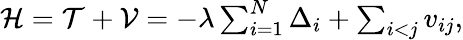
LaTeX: \begin{array}{r}{{\cal H}={\cal T}+{\cal V}=-\lambda\sum_{i=1}^{N}\Delta_{i}+\sum_{i<j}v_{ij},}\end{array}